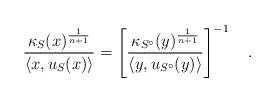
LaTeX: \begin{align*}\frac{\kappa_S(x)^{\frac{1}{n+1}}}{\langle x, u_S(x)\rangle}=\left[\frac{\kappa_{S^{\circ}}(y)^{\frac{1}{n+1}}}{\langle y, u_{S^{\circ}}(y)\rangle}\right]^{-1}\quad.\end{align*}